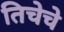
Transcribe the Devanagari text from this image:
तिचेचे